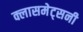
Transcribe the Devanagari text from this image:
क्लासमेट्सनी